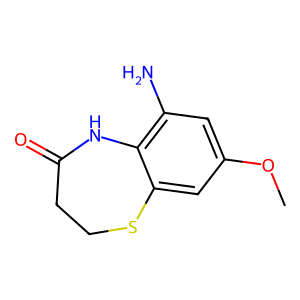
SMILES: COc1cc(N)c2c(c1)SCCC(=O)N2
Inhibits HIV replication: No